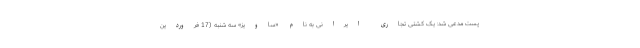
پست مدعی شد: یک کشتی تجاری ایرانی به نام «ساویز» سه شنبه (17 فروردین